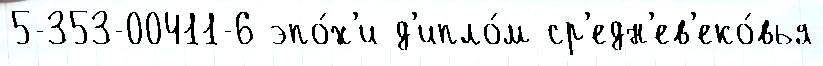
5-353-00411-6 эпо́х'и д'ипло́м ср'едн'ев'еко́вья